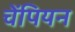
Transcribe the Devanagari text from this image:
चेंपियन